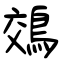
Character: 鵁